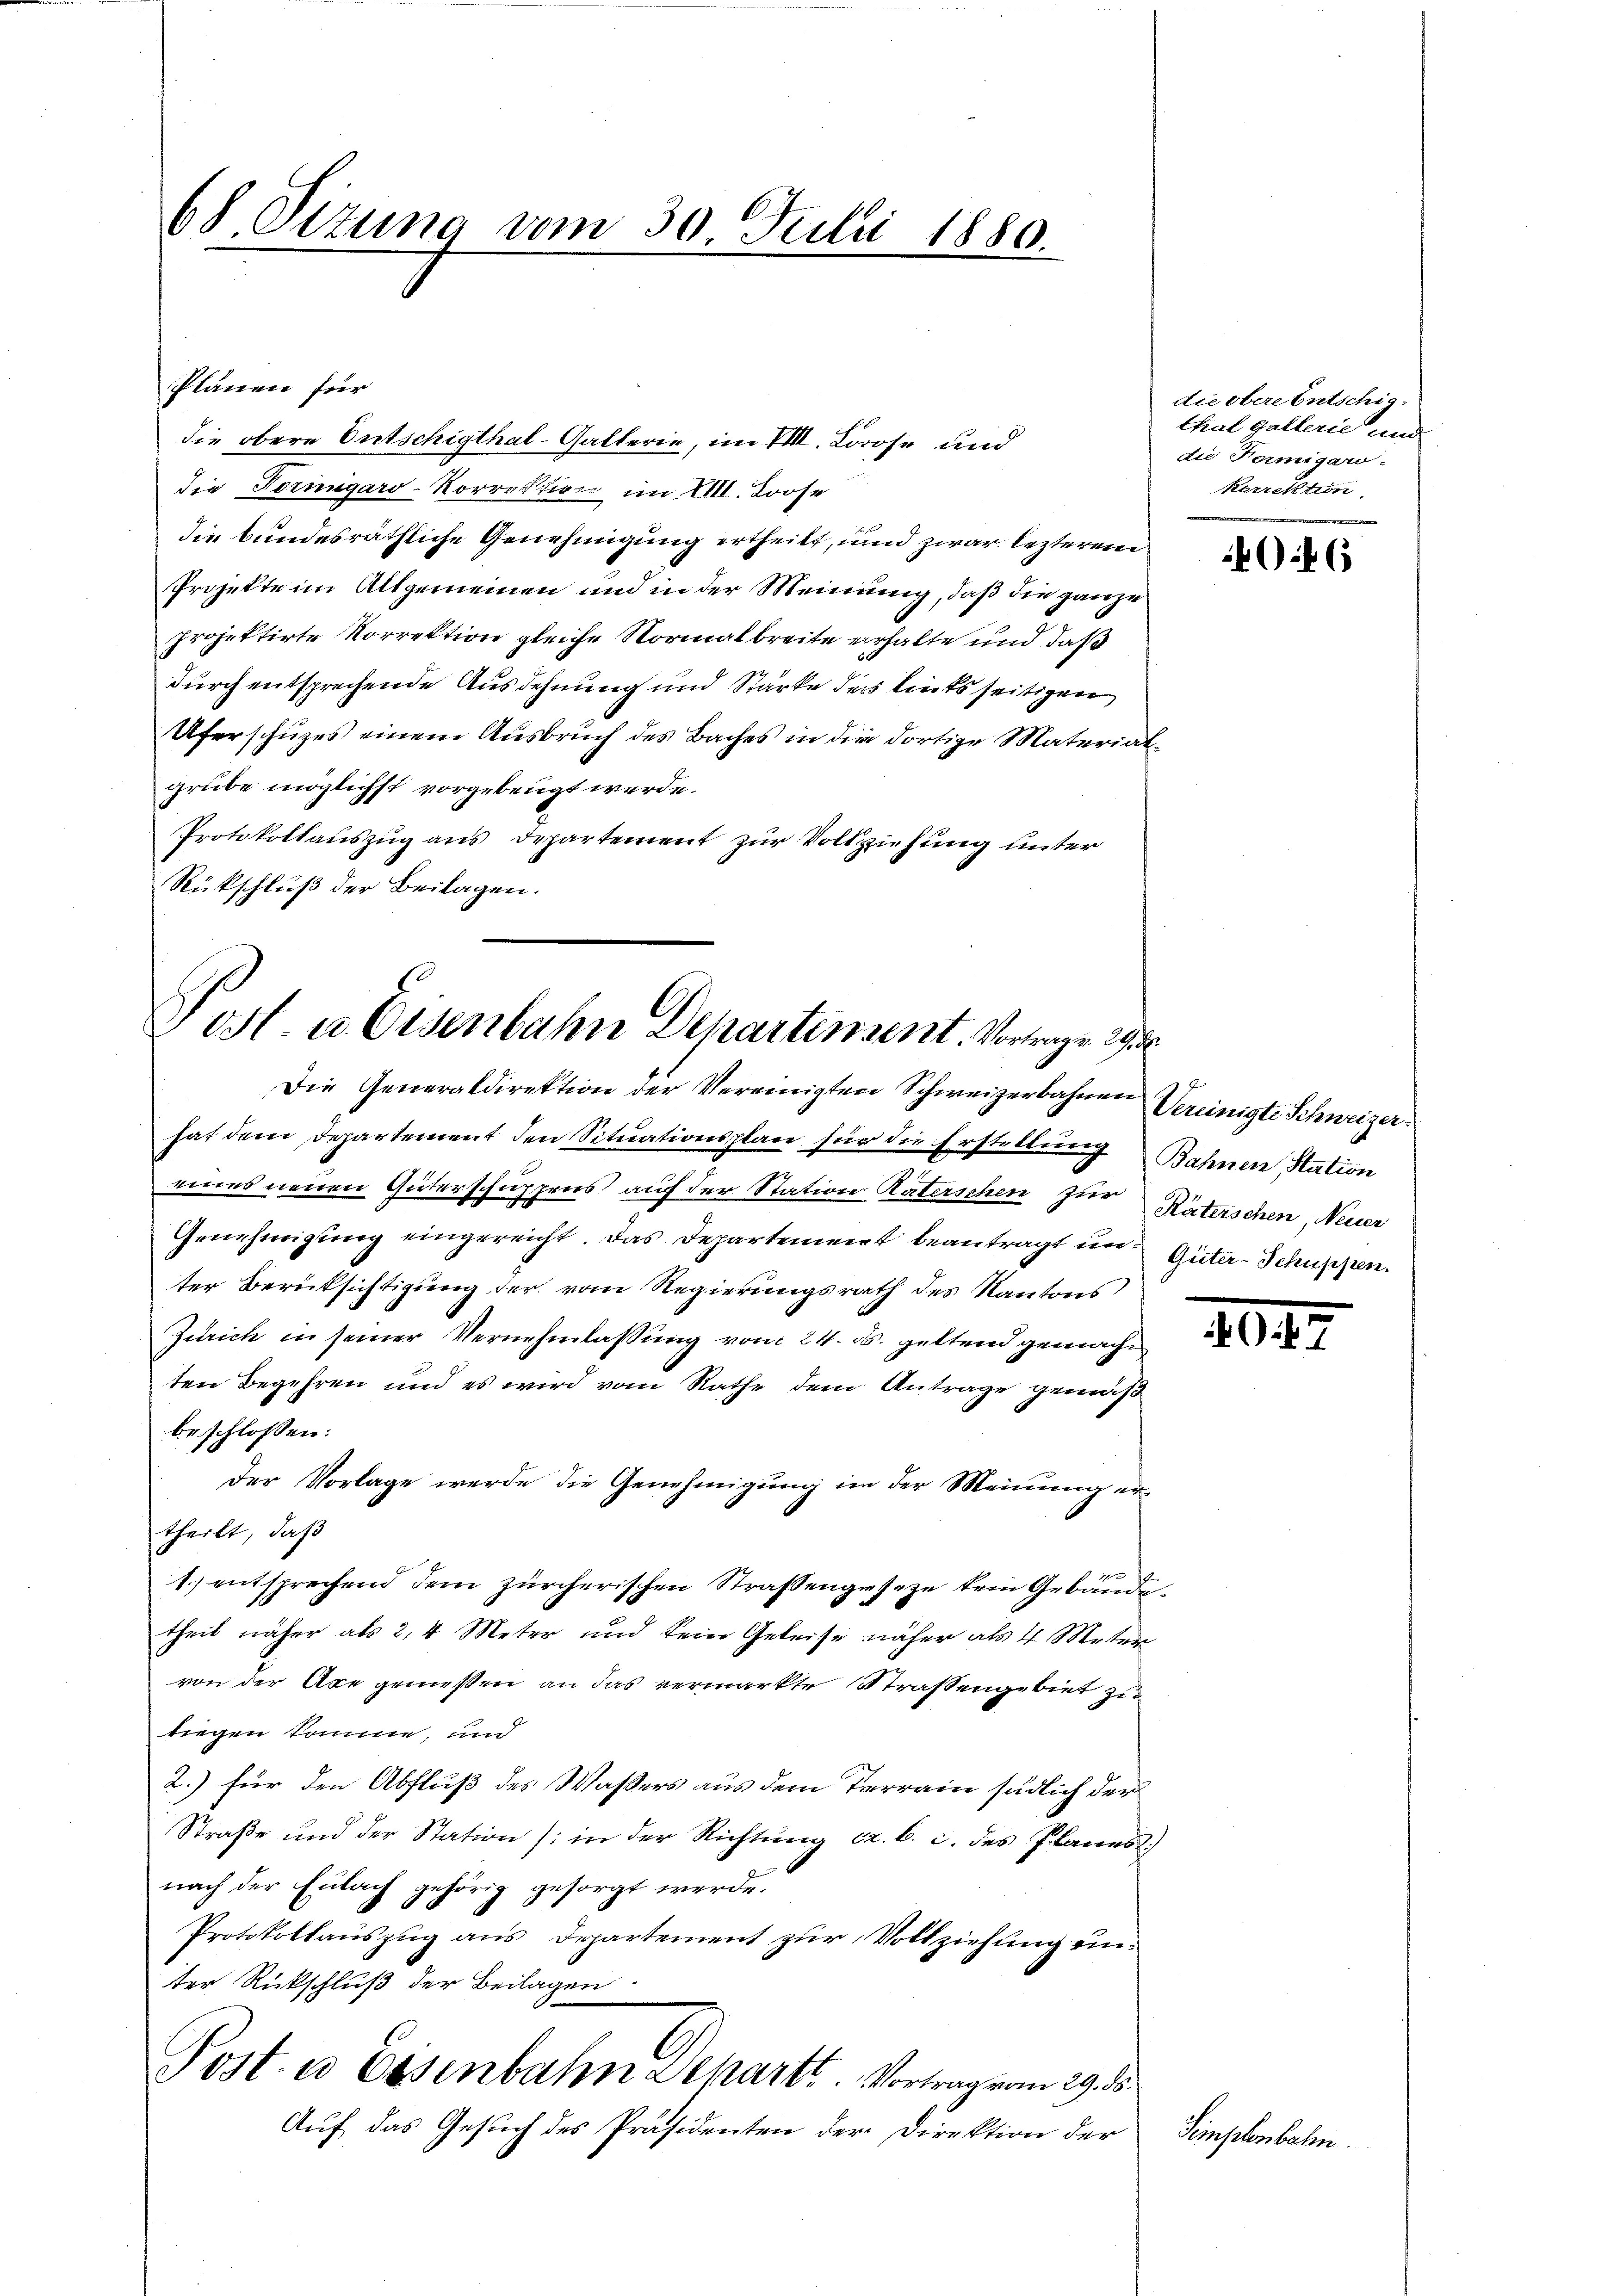
68 Sizung vom 30. Julii 1880

Plänen für
die obere Entschigthal-Galterie, im VIII. Lorose und
die Tornigaro-Korrektion im M. Loose
die bundesräthliche Genehmigung ertheilt, und zwar lezterem
Projekte im Allgemeinen und in der Meinung, daß die ganze
projektirte Korrektion gleiche Normalbreite erhalte und daß
durch entsprechende Ausdehnung und Stärke das linksseitigen
Uferschuzes einem Ausbruch des Baches in die dortige Materialgrube möglichst vorgebeugt werde.
Protokollauszug aus Departement zur Vollziehung unter
Rückschluß der Beilagen.

Post. a. Eisenbahn Departement. Vortragen 29.
Die Generaldirektion der Vereinigten Schweizerbahnen

hat dem Departement den Situationsplan für die Erstellung Bahnen Station
eines neuen Güterschuppens auf der Station Katerschen zur Räterschen, Neuer
Genehmigung eingereicht. Das Departement beantragt und Güter-Schuppen.
ter Berücksichtigung der vom Regierungsrath des Kantons
Zürich in seiner Vernehmlassung vom 24. ds. geltend gemachen
ten Begehren und es wird vom Rathe dem Antrage gemäß
beschlossen:
der Vorlage werde die Genehmigŭng im der Meinŭng er-
theilt, daß
1.) entsprechend dem zürcherischen Straßengeseze kein Gebäudetheil näher als 2, 4 Meter und kein Geleise näher als 4 Meter
von der Axe gemessen an das vermarkte Straßengebiet zu
tiegen komme, und
2.) für den Abfluß des Wassers aus dem Terrain südlich der
Straße und der Station (in der Richtung ca. b. c. des Planes
nach der Eulach gehörig gesorgt werde.
Protokollauszug aus Departement zur Vollziehung einter Rückschluß der Beilagen
Post. a Eisenbahn Departe. Vortrag vom 29. ds
Auf das Gesuch des Präsidenten der Direktion der

die obere Entschig.
thal gallerie und
die Termigaro-
kerrektion

446

Vereinigte Schweizer.

.

Simplenbahn.